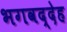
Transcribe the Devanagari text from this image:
भगवद्देह